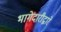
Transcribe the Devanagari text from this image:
भागेदारीद्वारे